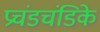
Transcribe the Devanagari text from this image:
प्रचंडचंडिके